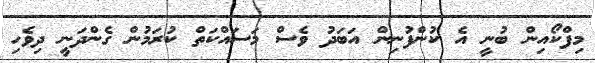
މިފްކޯއިން ބުނީ އެ ކުންފުނިން އަބަދު ވެސް މަސައްކަތް ކުރަމުން ގެންދަނީ ދިވެހި